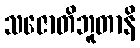
သဇောတိဘူတာနိ